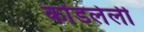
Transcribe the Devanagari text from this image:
कोंडलेली